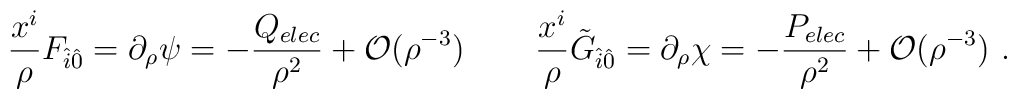
\frac{x^i}{\rho }F_{\hat i\hat 0}=\partial_\rho\psi=-\frac{Q_{elec}}{\rho ^2}+{\cal O}(\rho ^{-3}) \,\qquad\frac{x^i}{\rho }\tilde G_{\hat i\hat0}=\partial_\rho \chi=-\frac{P_{elec}}{\rho ^2}+{\cal O}(\rho ^{-3})\ {}.